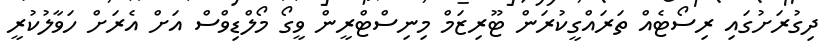
ދިގުރަށުގައި ރިސޯޓެއް ތަރައްގީކުރަން ޓޫރިޒަމް މިނިސްޓްރީން ވީގޯ މޯލްޑިވްސް އަށް އެރަށް ހަވާލުކުރީ